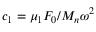
c _ { 1 } = \mu _ { 1 } F _ { 0 } / M _ { n } \omega ^ { 2 }